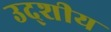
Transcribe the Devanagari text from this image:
उद्शीय